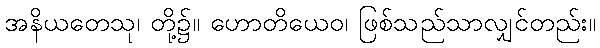
အနိယတေသု၊ တို့၌။ ဟောတိယေဝ၊ ဖြစ်သည်သာလျှင်တည်း။